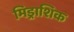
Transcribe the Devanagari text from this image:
मिड्राशिक